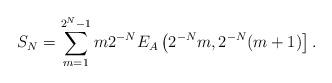
LaTeX: \begin{align*}S_N = \sum_{m=1}^{2^N-1} m2^{-N}E_A\left(2^{-N}m,2^{-N}(m+1)\right].\end{align*}